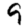
Digit: 9